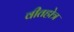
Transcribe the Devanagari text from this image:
वीतहोत्र